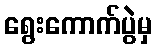
ရွေးကောက်ပွဲမှ